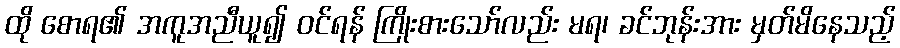
ထို စောရ၏ အကူအညီယူ၍ ဝင်ရန် ကြိုးစားသော်လည်း မရ၊ ခင်ဘုန်းအား မှတ်မိနေသည့်